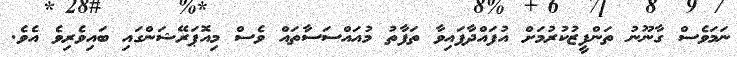
ނަމަވެސް ގާނޫނު ތަންފީޒުކުރުމަށް އުފައްދާފައިވާ ތަފާތު މުއައްސަސާތައް ވެސް މިއޮޕަރޭޝަންގައި ބައިވެރިވެ އެވެ.